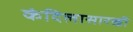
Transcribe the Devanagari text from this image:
कंदिलासारखी